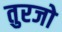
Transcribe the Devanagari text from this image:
तुरजो